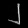
Digit: ၂